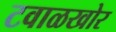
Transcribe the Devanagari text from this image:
टवाळखोर